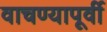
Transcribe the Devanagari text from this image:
वाचण्यापूर्वी